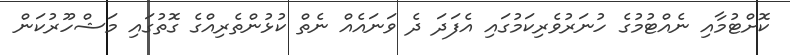
ކޮށްޓުމާއި ނެއްޓުމުގެ ހުނަރުވެރިކަމުގައި އެފަދަ ދެ ވަނައެއް ނެތް ކުޅުންތެރިއްގެ ގޮތުގައި މަޝްހޫރުކަން